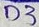
Text: D3